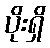
ပိုးရှိ